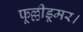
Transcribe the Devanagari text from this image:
फूल्लीडूमर।